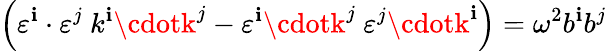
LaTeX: \left(\varepsilon^{\mathbf{i}}\cdot\varepsilon^{j}~k^{\mathbf{i}}\cdotk^{j}-\varepsilon^{\mathbf{i}}\cdotk^{j}~\varepsilon^{j}\cdotk^{\mathbf{i}}\right)=\omega^{2}b^{\mathbf{i}}b^{j}